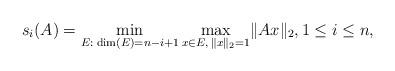
LaTeX: \begin{align*}s_i(A)=\min\limits_{E:\;\dim(E)=n-i+1}\max\limits_{x\in E,\,\lVert x\rVert_2=1}\lVert Ax\rVert_2,1\leq i\leq n,\end{align*}